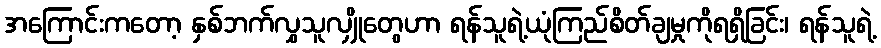
အကြောင်းကတော့ နှစ်ဘက်လွှသူလျှိုတွေဟာ ရန်သူရဲ့ယုံကြည်စိတ်ချမှုကိုရရှိခြင်း၊ ရန်သူရဲ့